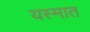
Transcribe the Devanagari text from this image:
यस्मात